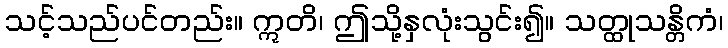
သင့်သည်ပင်တည်း။ ဣတိ၊ ဤသို့နှလုံးသွင်း၍။ သတ္ထုသန္တိကံ၊